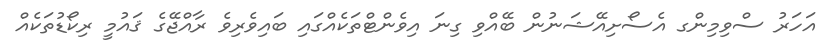
އަހަރު ސްވިމިންގ އެސޯށިއޭޝަނުން ބޭއްވި ގިނަ އިވެންޓްތަކެއްގައި ބައިވެރިވެ ރާއްޖޭގެ ޤައުމީ ރިކޯޑުތަކެއް